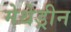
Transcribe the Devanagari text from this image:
मेथेड्रीन